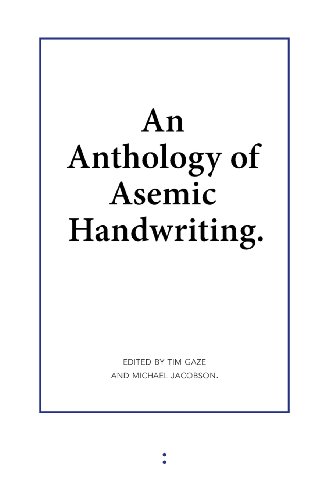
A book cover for An Anthology of Asemic Handwriting; Reference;